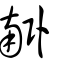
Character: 𦣰